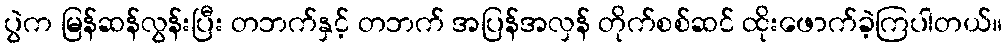
ပွဲက မြန်ဆန်လွန်းပြီး တဘက်နှင့် တဘက် အပြန်အလှန် တိုက်စစ်ဆင် ထိုးဖောက်ခဲ့ကြပါတယ်။